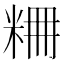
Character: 𥹤